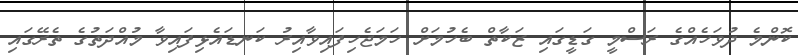
ކޮންމެ ދުވަހެއްގެ ރަސްމީ ގަޑީގައި ޒަކާތް ބެހުމަށް ހަމަޖެހިފައިވާއިރު ކަނޑައެޅިފައިވާ މުއްދަތުގެ ތެރޭގައި